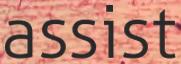
assist